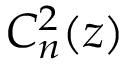
C _ { n } ^ { 2 } ( z )